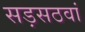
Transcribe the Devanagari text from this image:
सड़सठवां